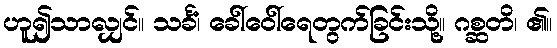
ဟူ၍သာလျှင်။ သင်္ခံ၊ ခေါ်ဝေါ်ရေတွက်ခြင်းသို့။ ဂစ္ဆတိ၊ ၏။